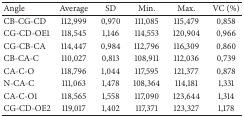
<table><thead><tr><td><b>Angle</b></td><td><b>Average</b></td><td><b>SD</b></td><td><b>Min.</b></td><td><b>Max.</b></td><td><b>VC (%)</b></td></tr></thead><tbody><tr><td>CB-CG-CD</td><td>112,999</td><td>0,970</td><td>111,085</td><td>115,479</td><td>0,858</td></tr><tr><td>CG-CD-OE1</td><td>118,545</td><td>1,146</td><td>114,553</td><td>120,904</td><td>0,966</td></tr><tr><td>CG-CB-CA</td><td>114,447</td><td>0,984</td><td>112,796</td><td>116,309</td><td>0,860</td></tr><tr><td>CB-CA-C</td><td>110,027</td><td>0,813</td><td>108,911</td><td>112,036</td><td>0,739</td></tr><tr><td>CA-C-O</td><td>118,796</td><td>1,044</td><td>117,595</td><td>121,377</td><td>0,878</td></tr><tr><td>N-CA-C</td><td>111,063</td><td>1,478</td><td>108,364</td><td>114,181</td><td>1,331</td></tr><tr><td>CA-C-O1</td><td>118,565</td><td>1,558</td><td>117,090</td><td>123,644</td><td>1,314</td></tr><tr><td>CG-CD-OE2</td><td>119,017</td><td>1,402</td><td>117,371</td><td>123,327</td><td>1,178</td></tr></tbody></table>